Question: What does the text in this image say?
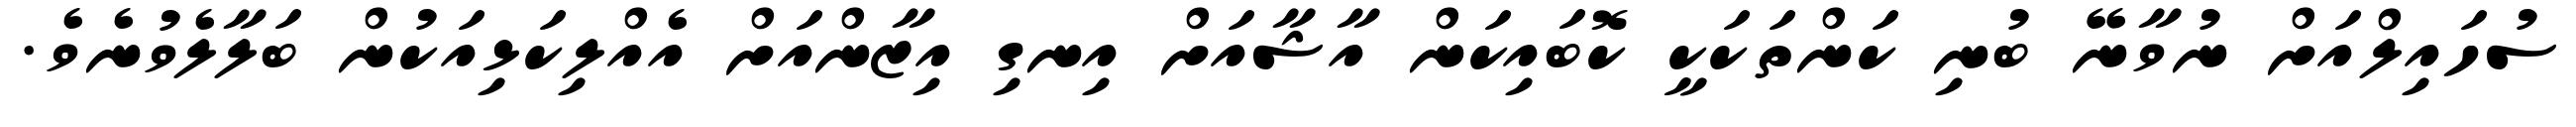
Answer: ސުހައިލްއަށް ނުވާނޭ ބުނި ކަންތަކަކީ ކޮބައިކަން އާޝާއަށް އިނގި އިޒާންއަށް އެއްލިކަޅިއަކުން ބަލާލެވުނެވެ.